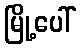
မြို့ပေါ်